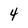
Character: 4